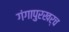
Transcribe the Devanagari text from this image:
गंगापुरखर्च